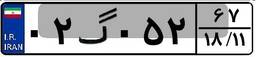
۵۷گ۰۰۷۶۱